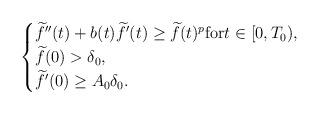
LaTeX: \begin{align*}\begin{cases}\widetilde f''(t) + b(t) \widetilde f'(t) \geq \widetilde f(t)^p\mbox{for}t\in [0,T_0),\\\widetilde f(0) > \delta_0,\\\widetilde f'(0) \geq A_0 \delta_0.\end{cases}\end{align*}